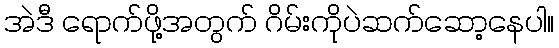
အဲဒီ ရောက်ဖို့အတွက် ဂိမ်းကိုပဲဆက်ဆော့နေပါ။